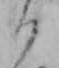
わ